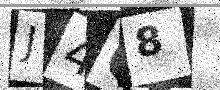
Text: J4Q8